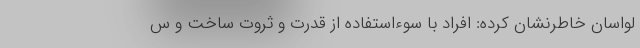
لواسان خاطرنشان کرده: افراد با سوءاستفاده از قدرت و ثروت ساخت و س